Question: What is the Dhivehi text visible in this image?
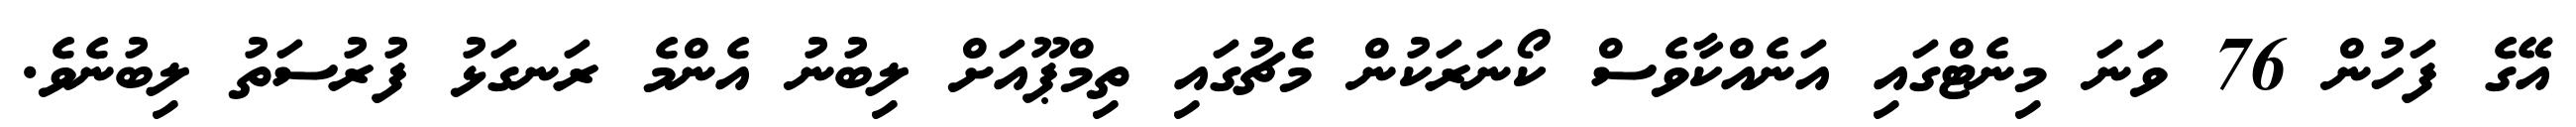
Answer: އޭގެ ފަހުން 76 ވަނަ މިނެޓްގައި އަނެއްކާވެސް ކޯނަރަކުން މެޗުގައި ތިމްޕޫއަށް ލިބުނު އެންމެ ރަނގަޅު ފުރުސަތު ލިބުނެވެ.